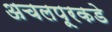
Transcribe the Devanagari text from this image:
अचलपूरकडे